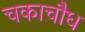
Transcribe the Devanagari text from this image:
चकाचौध